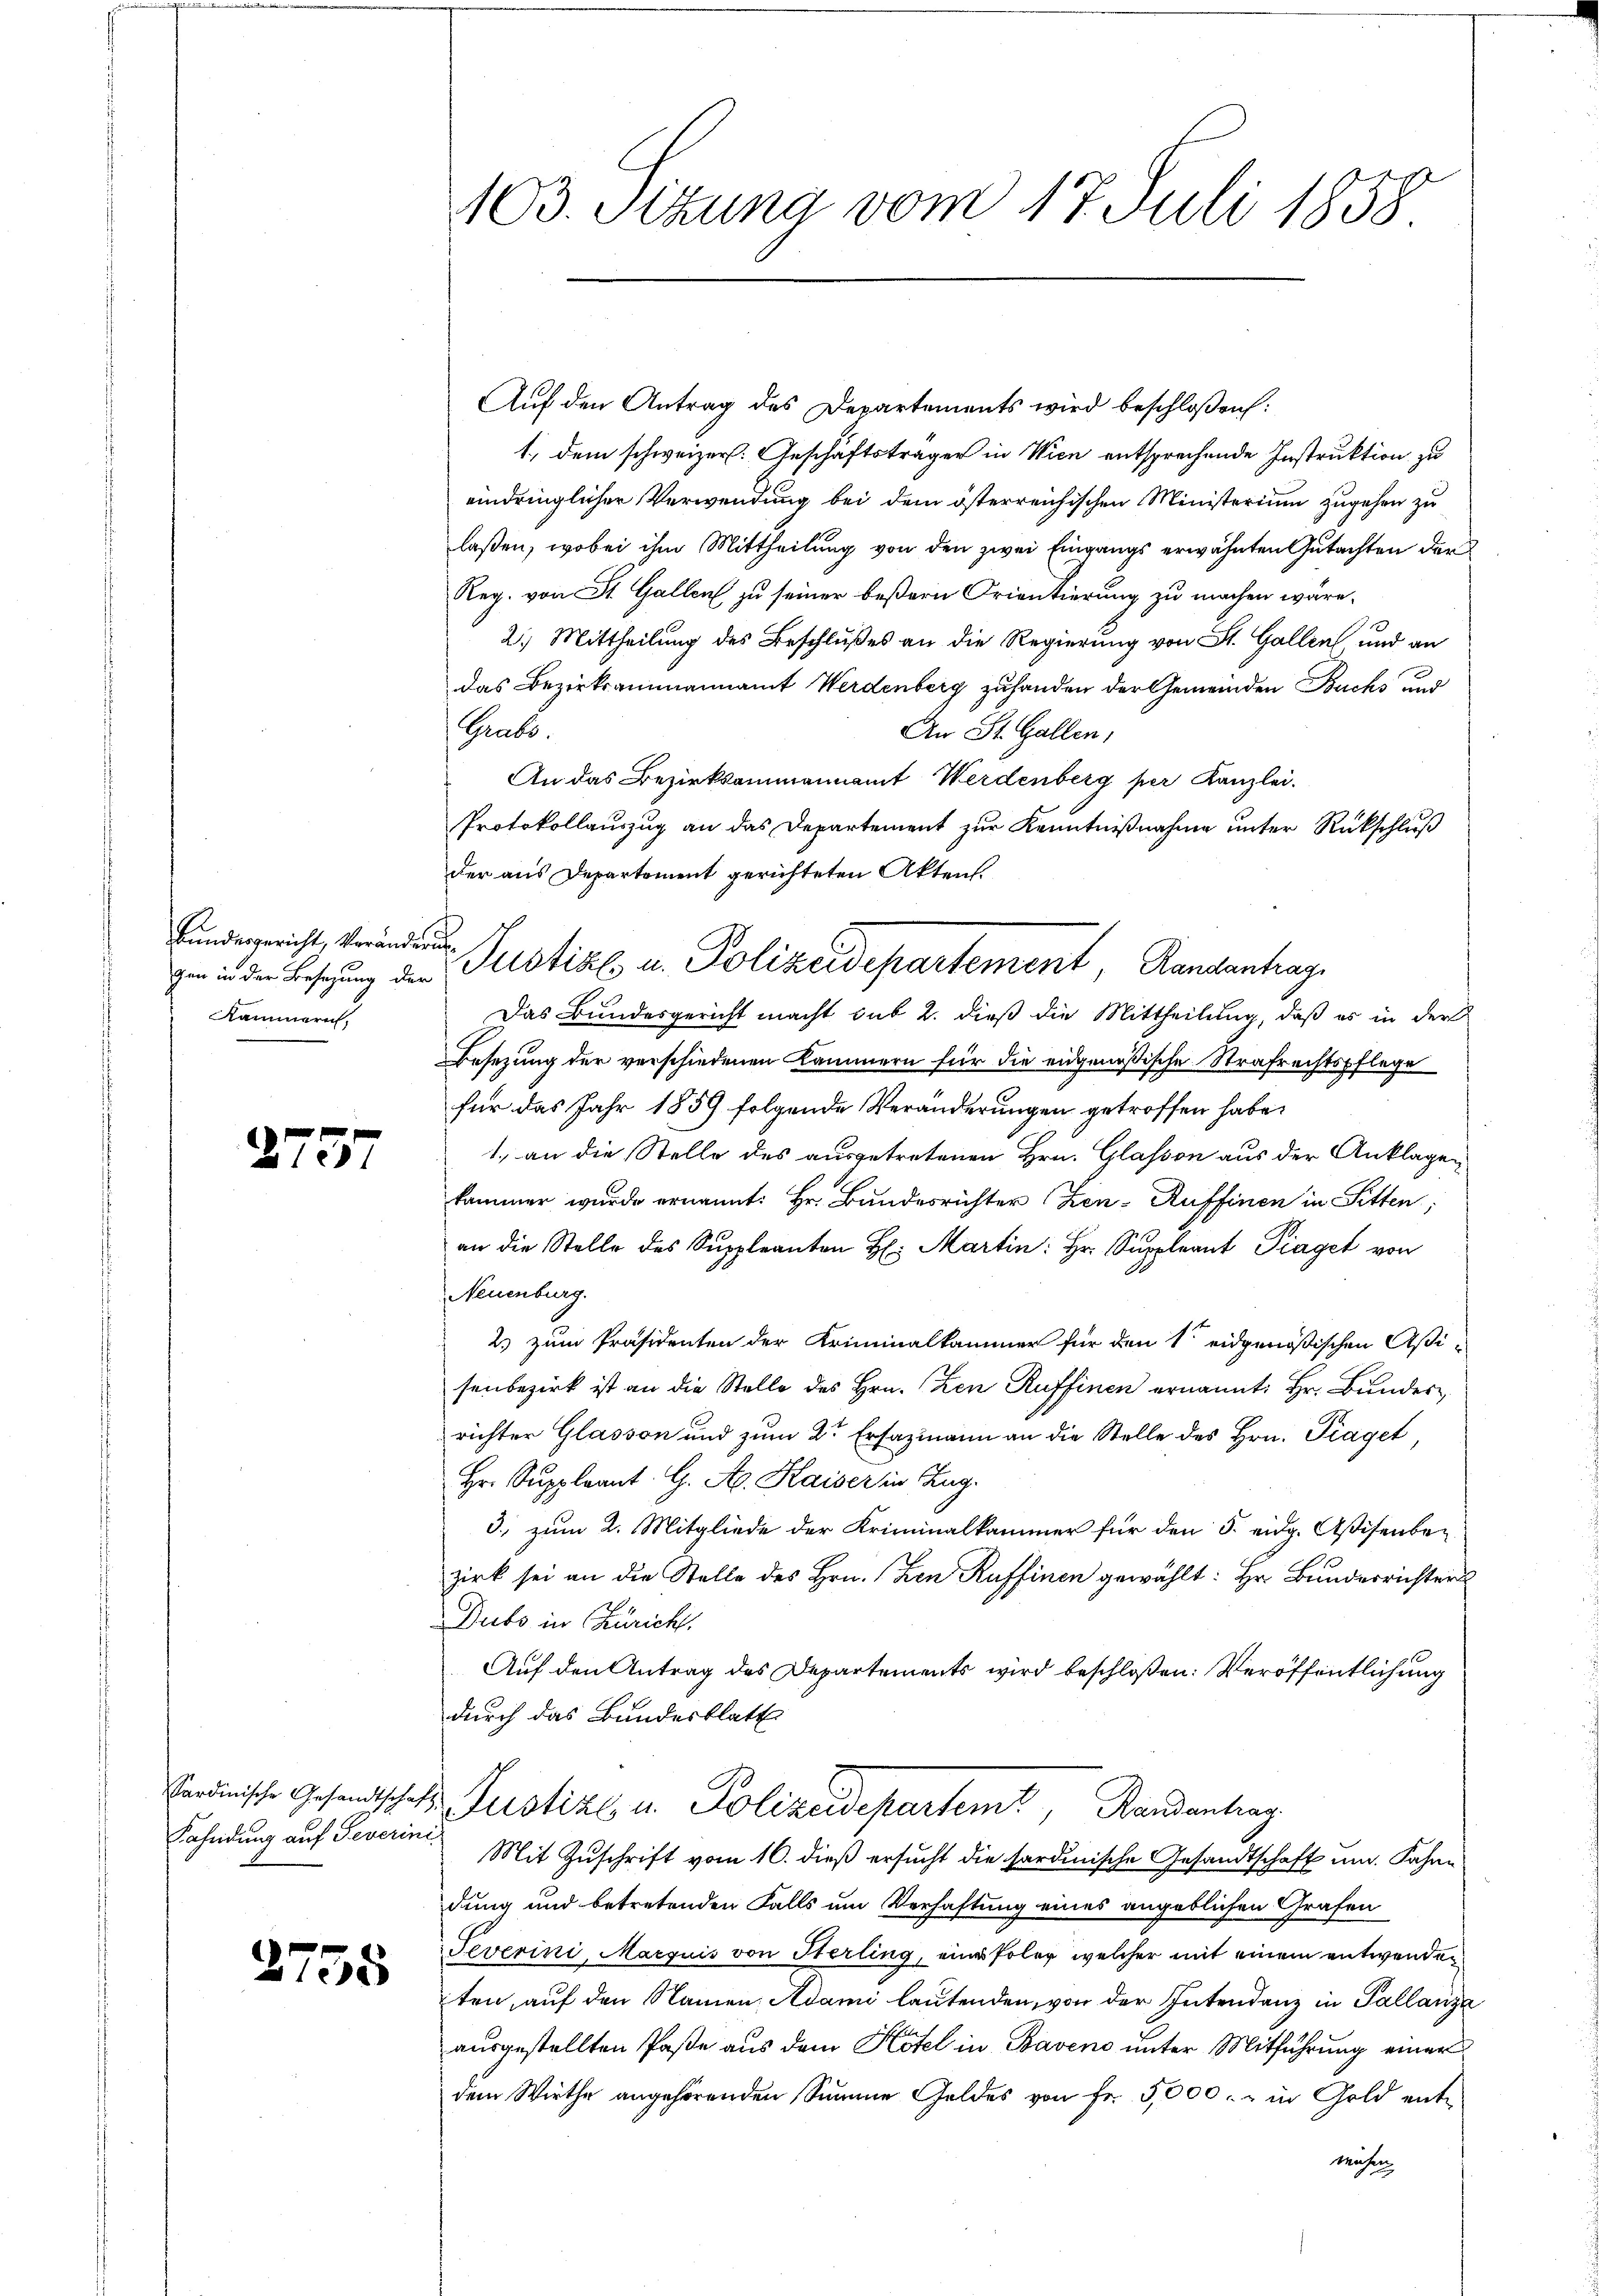
Bundesgericht, Veränderung
Kammern,

2757

Fahndung auf Severini

2758

103. Sizung vom 17. Juli 1858.

Auf den Antrag des Departements wird beschloßen:
1., dem schweizer. Geschäftsträger in Wien entsprechende Instruktion zu
eindringlicher Verwendung bei dem österreichischen Ministerium zugehen zu
laßen, wobei ihm Mittheilung von den zwei Eingangs erwähnten Gutachten der¬
Reg. von St. Gallen zu seiner beßern Orientierung zu machen wäre.
2.) Mittheilung des Beschlußes an die Regierung von St. Gallen und an
das Bezirksammannamt Werdenberg zuhanden der Gemeinden Buchs und
Grels.
An St. Gallen;
An das Bezirksammannamt Werdenberg per Kanzlei.
Protokollauszug an das Departement zur Kenntnißnahme unter Rückschluß
der aus Departement gerichteten Aktens
Das Bundesgericht macht sub 2. dieß die Mittheilung, daß es in der
Besezung der verschiedenen Kammern für die eidgenößische Strafrechtspflege
für das Jahr 1859 folgende Veränderungen getroffen habe.
1., an die Stelle des ausgetretenen Hrn. Glassen aus der Anklagen
kammer wurde ernannt: Hr. Bundesrichter Zen-Ruffinen in Sitten,
an die Stelle des Suppleanton H: Martin: Hr. Suppleant Piaget von
Neuenburg.
2.) zum Präsidenten der Kriminalkammer für den 1. eidgenößischen Aßi-
senbezirk ist an die Stelle des Hrn. (Zen Ruffinen ernannt: Hr. Bunder
richter Glassen und zum 2te Ersazmann an die Stelle des Hrn. Praget,
Hr. Suppleant. G. A. Kaiser in Aug.
3) zum 2. Mitgliede der Kriminalkammer für den 5. eidg. Aßisenber
zirk sei an die Stelle des Hrn. (Den Ruffinen gewählt: Hr. Bunderrichter
Dubo in Zürich.
Auf den Antrag des Departements wird beschloßen: Veröffentlichung
durch das Bundesblatt
Pardische Gesandtschaft Zustiz u. Polizeidepartemt, Bandantrag
Mit Zuschrift vom 10. dieß ersucht die sardinische Gesandtschaft um Jahre
dung und betretenden Falls um Verhaftung eines angeblichen Grafen
Teverini, Marquis von Sterling, eines Poler welcher mit einem entwenden
ten, auf den Namen, Adami lautenden, von der Intendenz in Pallanze
ausgestellten Paße aus dem Hotel in Baven unter Mitführung einer
dem Wirthe angehörenden Summe Geldes von fr. 5000.- in Gold ent-
wächen

zu in der Besetzung der Pustiz u. Polizeidepartement, Rangenhag